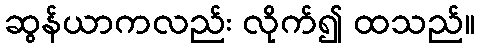
ဆွန်ယာကလည်း လိုက်၍ ထသည်။